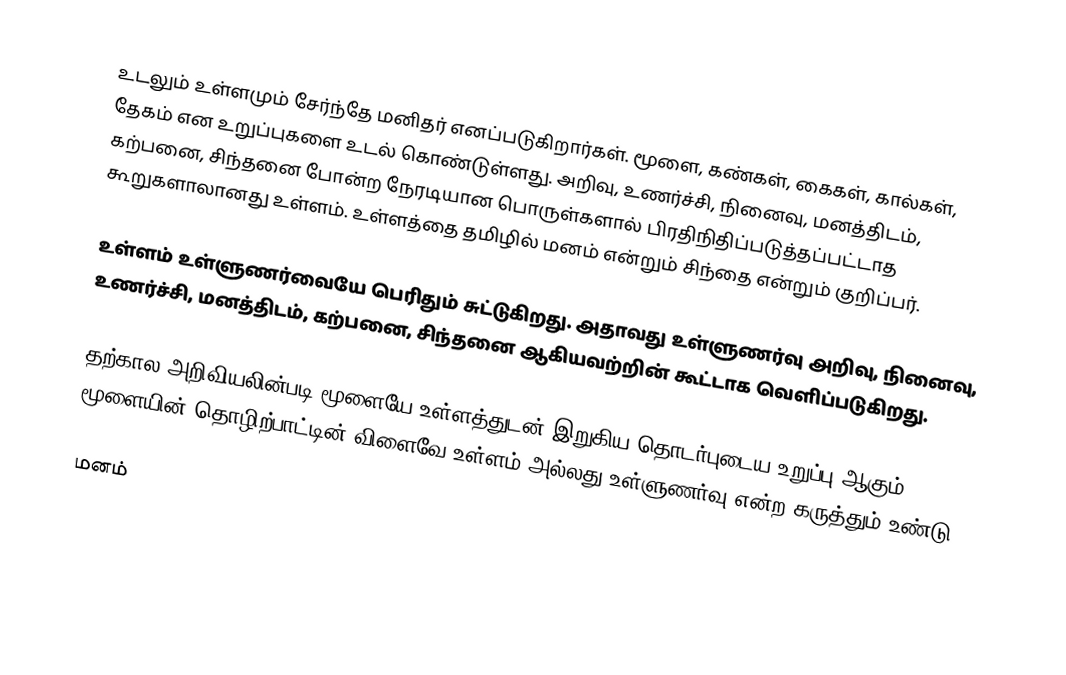
உடலும் உள்ளமும் சேர்ந்தே மனிதர் எனப்படுகிறார்கள். மூளை, கண்கள், கைகள், கால்கள், தேகம் என உறுப்புகளை உடல் கொண்டுள்ளது. அறிவு, உணர்ச்சி, நினைவு, மனத்திடம், கற்பனை, சிந்தனை போன்ற நேரடியான பொருள்களால் பிரதிநிதிப்படுத்தப்பட்டாத கூறுகளாலானது உள்ளம். உள்ளத்தை தமிழில் மனம் என்றும் சிந்தை என்றும் குறிப்பர்.

உள்ளம் உள்ளுணர்வையே பெரிதும் சுட்டுகிறது. அதாவது உள்ளுணர்வு அறிவு, நினைவு, உணர்ச்சி, மனத்திடம், கற்பனை, சிந்தனை ஆகியவற்றின் கூட்டாக வெளிப்படுகிறது.

தற்கால அறிவியலின்படி மூளையே உள்ளத்துடன் இறுகிய தொடர்புடைய உறுப்பு ஆகும். மூளையின் தொழிற்பாட்டின் விளைவே உள்ளம் அல்லது உள்ளுணர்வு என்ற கருத்தும் உண்டு.

மனம்